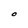
Character: O